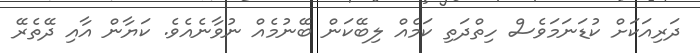
ދަރިއަކަށް ކުޑަނަމަވެސް ހިތްދަތި ކަމެއް ލިބޭކަން ބޭނުމެއް ނުވާނެއެވެ. ކަޔާން އާއި ދޭތެރޭ